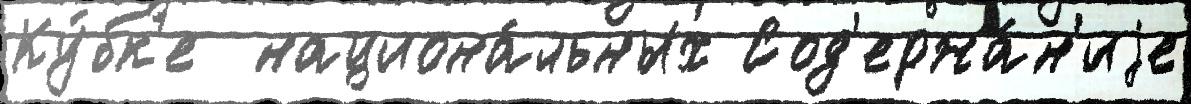
Ку́бк'е  национа́льных Сод'ержа́н'иjе